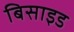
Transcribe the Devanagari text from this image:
बिसाइड